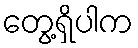
တွေ့ရှိပါက